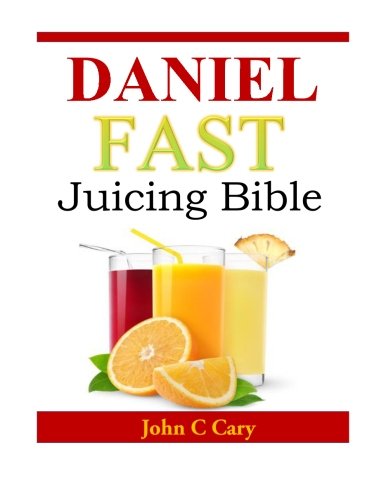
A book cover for Daniel Fast Juicing Bible; John C Cary; Cookbooks, Food & Wine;